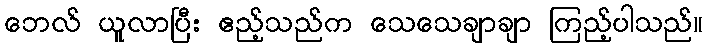
ဘေလ် ယူလာပြီး ဧည့်သည်က သေသေချာချာ ကြည့်ပါသည်။